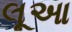
લૂઆ